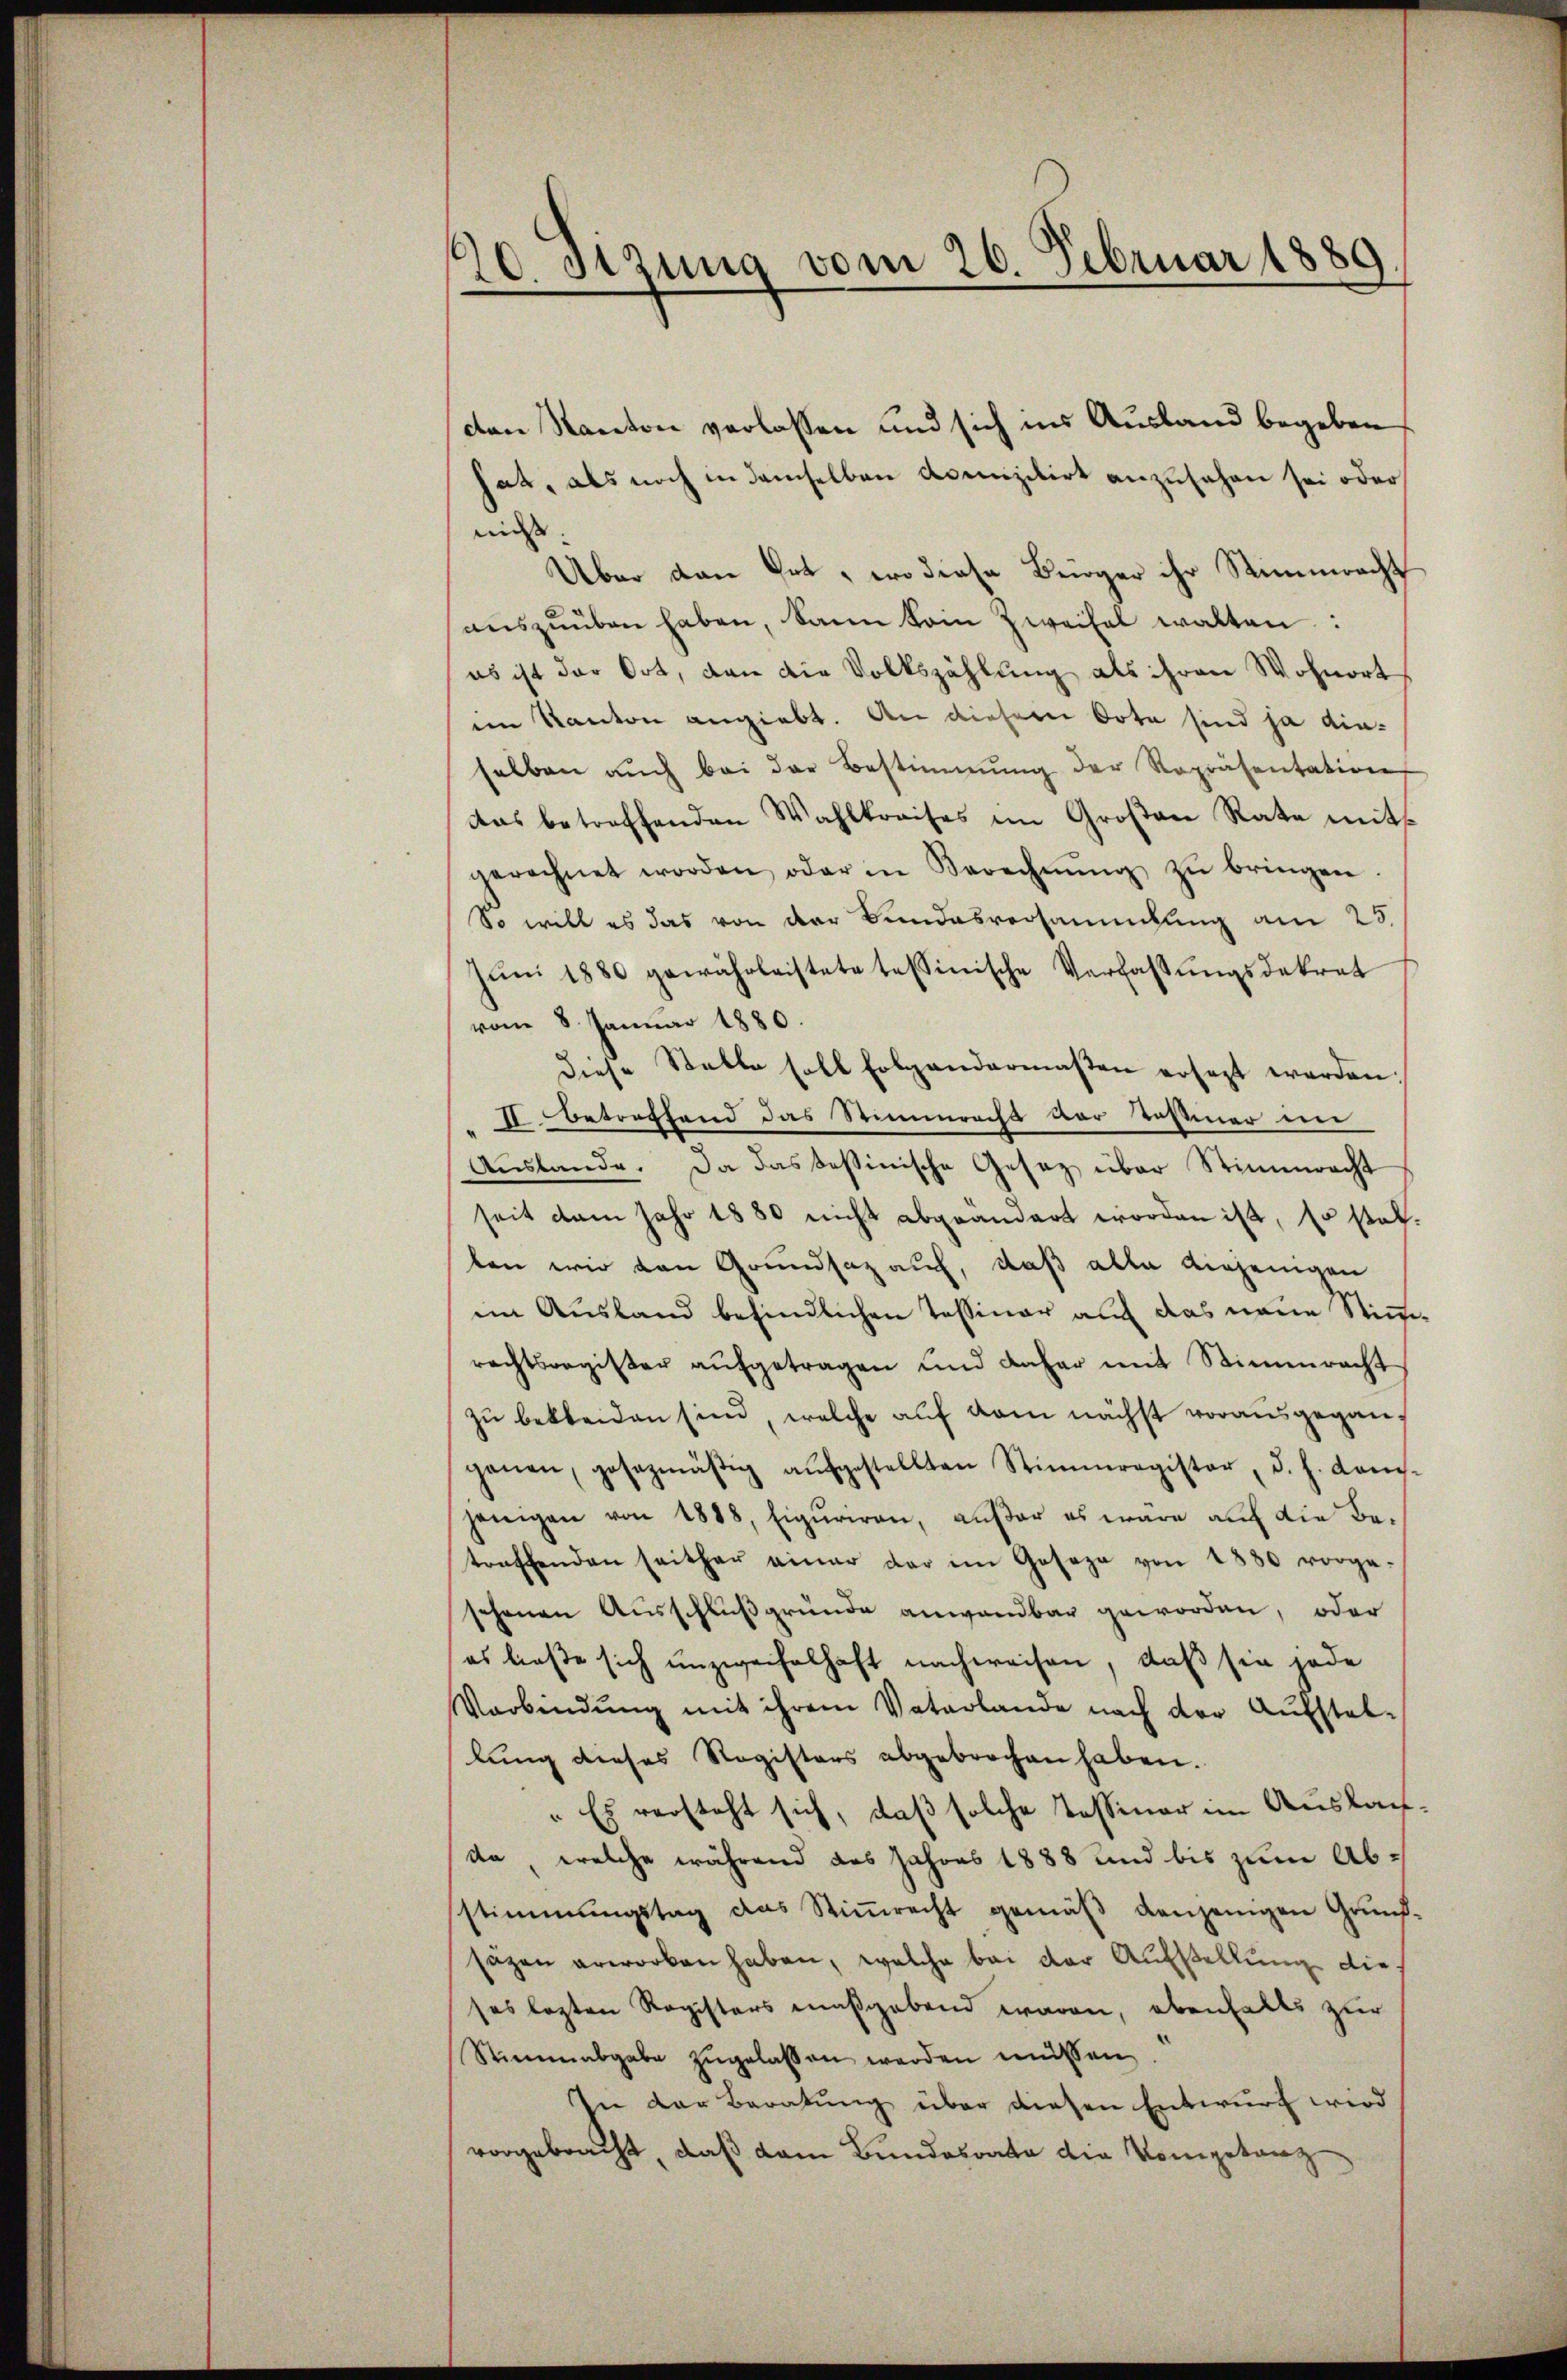
sizung vom 26. Februar 1889.
d

cten Kanton verlassen und sich ins Ausland begeben
hat, als noch in demselben Admizilirt anzusehen sei oder
niess |
Über dan hat, wo diese Bürger ihr Stimmrecht
aŭszŭüben haben, kann kein Zweifel walten:
es ist der Ort, den die Volkszählung als ihren Wohnort
im Kanton angiebt. An dieser Orte sind ja dieselben aŭch bei der Bestimmung der Repräsentation
das betreffenden Wahlkreises im Großen Rate mit
gerechnet worden oder in Berechnŭng zŭ bringen.
So will es das von der Bundesversammlung am 25.
Jŭni 1880 gewährleistete tessinische Verfassŭngsdekrat
vom 8. Januar 1880.
diese Stelle soll folgendermaßen ersezt werden.
II. Betreffend das Stimmrecht der Teßiner ein
Auslande. Da das sessinische Gesetz über Stimmrecht
seit dem Jahr 1880 nicht abgeändert worden ist, so statben wir von Grundsaz auf, daß alle diejenigen
im Ausland befindlichen Tessiner auf das neue Stimmrechtsregister aufgetragen und daher mit Stimmrecht
zu bekleiden sind, welche auf dem nächst vorausgeganganen, gesezmäβig aŭfgestellten Stimmregister, d. h. Kamis-
jenigen von 1888, Eiguriren, außer es wäre auf die Betreffenden seither einer der im Geseze von 1880 vorge-
schonen Ausschluß gründe anwendbar geworden, oder
es ließe sich unzweifelhaft nachweisen, daß sie jede
Verbindung mit ihrem Vaterlande nach der Aufstel-
lung dieses Registers abgebrochen haben.
„Es versteht sich, daß solche Tessiner im Auslanda, welche während das Jahres 1888 und bis zum Ab-
stimmungstag das Stiṁrecht gemäβ denjenigen Grund-
säzen erworben haben, welche bei der Aufstellung die
ses lezten Registers maßgebend waren, ebenfalls zur
Stimmabgabe zŭgelassen werden müssen.
In der Beratung über diesen Entwurf wird
vorgebracht, daß dem Bundesrate die Kompetanz